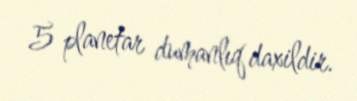
5 planetar dumanlıq daxildir.